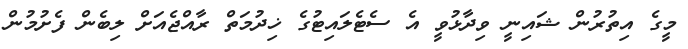
މީގެ އިތުރުން ޝައިނީ ވިދާޅުވީ އެ ސެޓެލައިޓުގެ ޚިދުމަތް ރާއްޖެއަށް ލިބެން ފެށުމުން